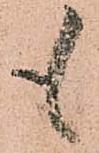
も